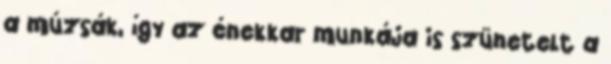
a múzsák, így az énekkar munkája is szünetelt a